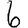
Digit: 6